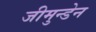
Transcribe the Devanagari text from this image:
जीमुन्डेन